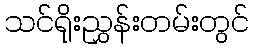
သင်ရိုးညွှန်းတမ်းတွင်